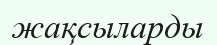
жақсыларды